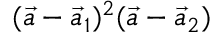
( \vec { a } - \vec { a } _ { 1 } ) ^ { 2 } ( \vec { a } - \vec { a } _ { 2 } )